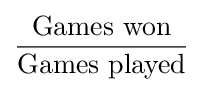
{\frac {\text{Games won}}{\text{Games played}}}